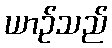
ယာဉ်သည်